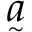
\underset { ^ { \sim } } { a }